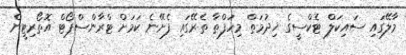
މާލޭގައި ސައިކަލް ޓެކްސީގެ ޚިދުމަތް މިހަފްތާ ތެރޭގައި ފެށޭނެ ކަމަށް ޓްރާންސްޕޯޓް އޮތޯރިޓީން